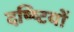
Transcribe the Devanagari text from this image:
दष्ष्टियों